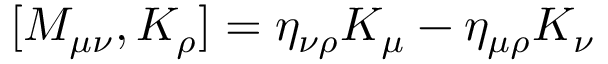
[ M _ { \mu \nu } , K _ { \rho } ] = \eta _ { \nu \rho } K _ { \mu } - \eta _ { \mu \rho } K _ { \nu }